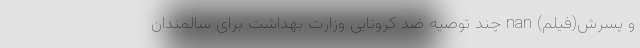
و پسرش(فیلم) nan چند توصیه ضد کرونایی وزارت بهداشت برای سالمندان